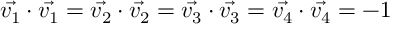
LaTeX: \vec { v _ { 1 } } \cdot \vec { v _ { 1 } } = \vec { v _ { 2 } } \cdot \vec { v _ { 2 } } = \vec { v _ { 3 } } \cdot \vec { v _ { 3 } } = \vec { v _ { 4 } } \cdot \vec { v _ { 4 } } = - 1